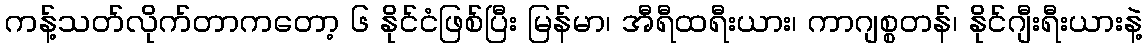
ကန့်သတ်လိုက်တာကတော့ ၆ နိုင်ငံဖြစ်ပြီး မြန်မာ၊ အီရီထရီးယား၊ ကာဂျစ္စတန်၊ နိုင်ဂျီးရီးယားနဲ့